Indian journal of veterinary science and animal husbandry - Volume 6,
Year: 1936
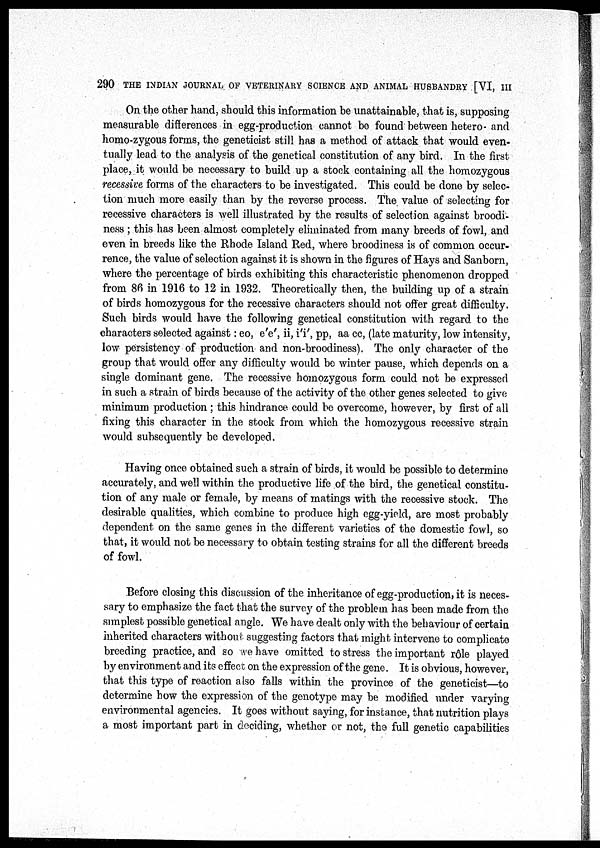
290 THE INDIAN JOURNAL OF VETERINARY SCIENCE AND ANIMAL HUSBANDRY [VI, III
On the other hand, should this information be unattainable, that is, supposing
measurable differences in egg-production cannot be found between hetero- and
homo-zygous forms, the geneticist still has a method of attack that would even-
tually lead to the analysis of the genetical constitution of any bird. In the first
place, it would be necessary to build up a stock containing all the homozygous
recessive forms of the characters to be investigated. This could be done by selec-
tion much more easily than by the reverse process. The value of selecting for
recessive characters is well illustrated by the results of selection against broodi¬
ness ; this has been almost completely eliminated from many breeds of fowl, and
even in breeds like the Rhode Island Red, where broodiness is of common occur-
rence, the value of selection against it is shown in the figures of Hays and Sanborn,
where the percentage of birds exhibiting this characteristic phenomenon dropped
from 86 in 1916 to 12 in 1932. Theoretically then, the building up of a strain
of birds homozygous for the recessive characters should not offer great difficulty.
Such birds would have the following genetical constitution with regard to the
characters selected against: eo, e'e', ii, i'i', pp, aa cc, (late maturity, low intensity,
low persistency of production and non-broodiness). The only character of the
group that would offer any difficulty would be winter pause, which depends on a
single dominant gene. The recessive homozygous form could not be expressed
in such a strain of birds because of the activity of the other genes selected to give
minimum production ; this hindrance could be overcome, however, by first of all
fixing this character in the stock from which the homozygous recessive strain
would subsequently be developed.
Having once obtained such a strain of birds, it would be possible to determine
accurately, and well within the productive life of the bird, the genetical constitu-
tion of any male or female, by means of matings with the recessive stock. The
desirable qualities, which combine to produce high egg-yield, are most probably
dependent on the same genes in the different varieties of the domestic fowl, so
that, it would not be necessary to obtain testing strains for all the different breeds
of fowl.
Before closing this discussion of the inheritance of egg-production, it is neces-
sary to emphasize the fact that the survey of the problem has been made from the
simplest possible genetical angle. We have dealt only with the behaviour of certain
inherited characters without suggesting factors that might intervene to complicate
breeding practice, and so we have omitted to stress the important rôle played
by environment and its effect on the expression of the gene. It is obvious, however,
that this type of reaction also falls within the province of the geneticist—to
determine how the expression of the genotype may be modified under varying
environmental agencies. It goes without saying, for instance, that nutrition plays
a most important part in deciding, whether or not, the full genetic capabilities